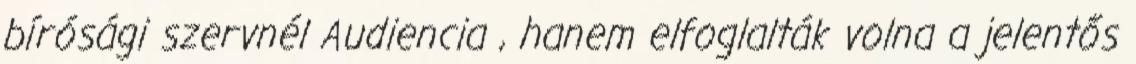
bírósági szervnél Audiencia , hanem elfoglalták volna a jelentős